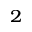
_ 2